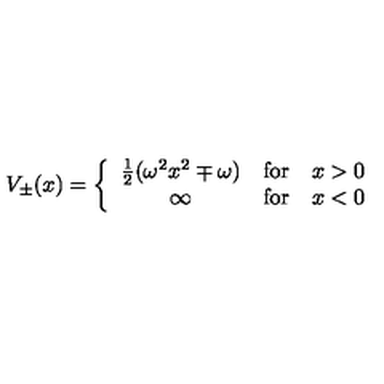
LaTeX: V _ { \pm } ( x ) = \left\{ \begin{array} { c l l } { { \frac { 1 } { 2 } } ( \omega ^ { 2 } x ^ { 2 } \mp \omega ) } & { \mathrm { f o r } } & { x > 0 } \\ { \infty } & { \mathrm { f o r } } & { x < 0 } \\ \end{array} \right.